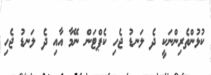
ކުޅުންތެރިންނަކީ ދެ ލަނޑު ޖެހި ކެޕްޓަން ނޭމާ އާއި ދެ ލަނޑު ޖެހި